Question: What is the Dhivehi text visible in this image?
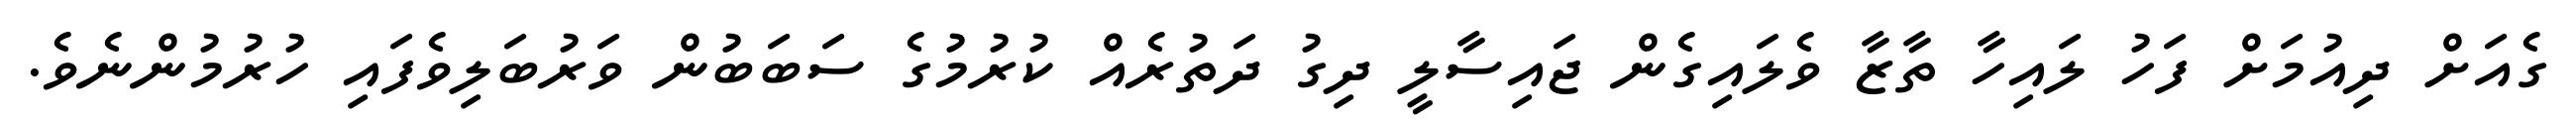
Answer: ގެއަށް ދިއުމަށް ފަހު ލައިހާ ތާޒާ ވެލައިގެން ޖައިސާލީ ދިގު ދަތުރެއް ކުރުމުގެ ސަބަބުން ވަރުބަލިވެފައި ހުރުމުންނެވެ.